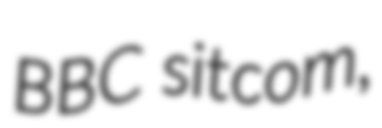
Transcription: BBC sitcom,